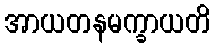
အာယတနမက္ခာယတိ